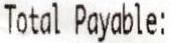
TOTAL PAYABLE: